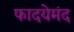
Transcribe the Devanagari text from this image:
फादयेमंद